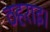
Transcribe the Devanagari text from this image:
ठहराइ।